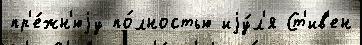
пр'е́жн'юjу по́лностью иjу́л'я Ст'ив'ен